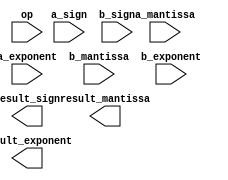
module arbitrary_precision_float_unit (
    input wire [31:0] a_mantissa,
    input wire [7:0] a_exponent,
    input wire a_sign,
    input wire [31:0] b_mantissa,
    input wire [7:0] b_exponent,
    input wire b_sign,
    input wire [1:0] op, // 00: addition, 01: subtraction, 10: multiplication, 11: division
    output wire [31:0] result_mantissa,
    output wire [7:0] result_exponent,
    output wire result_sign
);

reg [31:0] temp_mantissa;
reg [7:0] temp_exponent;
reg temp_sign;

always @(*) begin
    case(op)
        2'b00: begin // Addition
            // Perform addition logic here
        end
        2'b01: begin // Subtraction
            // Perform subtraction logic here
        end
        2'b10: begin // Multiplication
            // Perform multiplication logic here
        end
        2'b11: begin // Division
            // Perform division logic here
        end
    endcase
end

// Rounding and normalization logic

// Overflow and underflow detection logic

endmodule